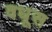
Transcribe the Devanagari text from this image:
वधूस